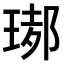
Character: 𤧡